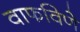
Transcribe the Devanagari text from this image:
वाफविणे